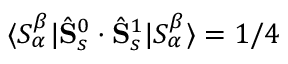
\langle S _ { \alpha } ^ { \beta } | \hat { \mathbf { S } } _ { s } ^ { 0 } \cdot \hat { \mathbf { S } } _ { s } ^ { 1 } | S _ { \alpha } ^ { \beta } \rangle = 1 / 4